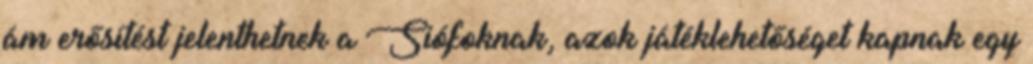
ám erősítést jelenthetnek a Siófoknak, azok játéklehetőséget kapnak egy